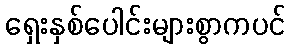
ရှေးနှစ်ပေါင်းများစွာကပင်